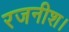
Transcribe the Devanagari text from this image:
रजनीश।